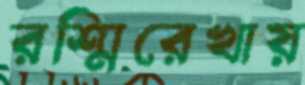
রশ্মিরেখায়